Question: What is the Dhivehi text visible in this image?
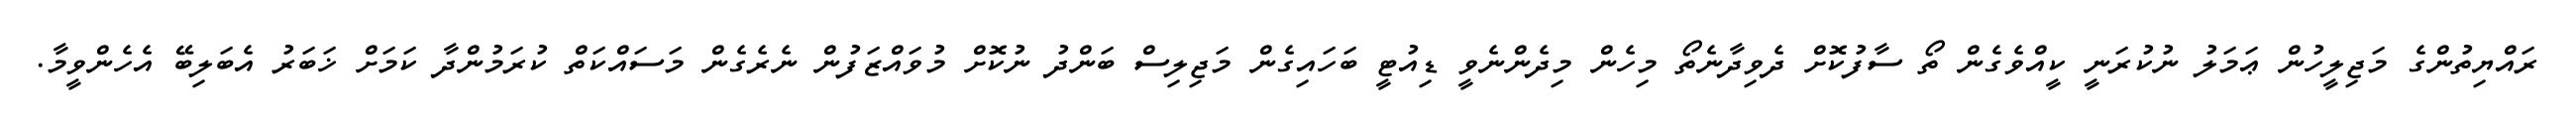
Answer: ރައްޔިތުންގެ މަޖިލީހުން ޢަމަލު ނުކުރަނީ ކީއްވެގެން ތޯ ސާފުކޮށް ދެވިދާނެތޯ މިހެން މިދެންނެވީ ޑިއުޓީ ބަހައިގެން މަޖިލިސް ބަންދު ނުކޮށް މުވައްޒަފުން ނެރެގެން މަސައްކަތް ކުރަމުންދާ ކަމަށް ޚަބަރު އެބަލިބޭ އެހެންވީމާ.